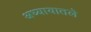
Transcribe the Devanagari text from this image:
अध्‍यायातले